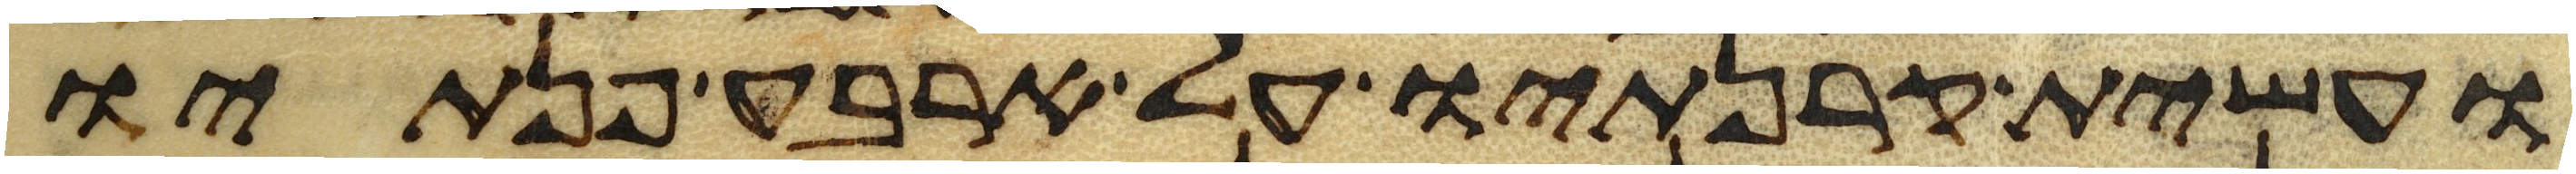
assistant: ועשית קרנתיו על ארבע פנתיו